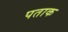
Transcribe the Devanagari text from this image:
पताक